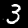
Digit: 3